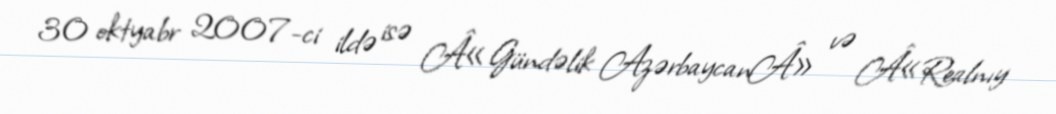
30 oktyabr 2007-ci ildə isə Â«Gündəlik AzərbaycanÂ» və Â«Realnıy